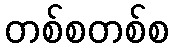
တစ်စတစ်စ